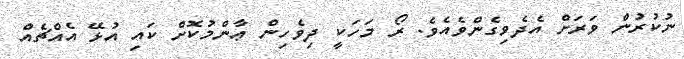
ނުކުރުން ވަރަށް އެދެވިގެންވެއެވެ. ރޯ މަހަކީ ދިވެހިން ޢާންމުކޮށް ކައި އުޅޭ އެއްޗެއް